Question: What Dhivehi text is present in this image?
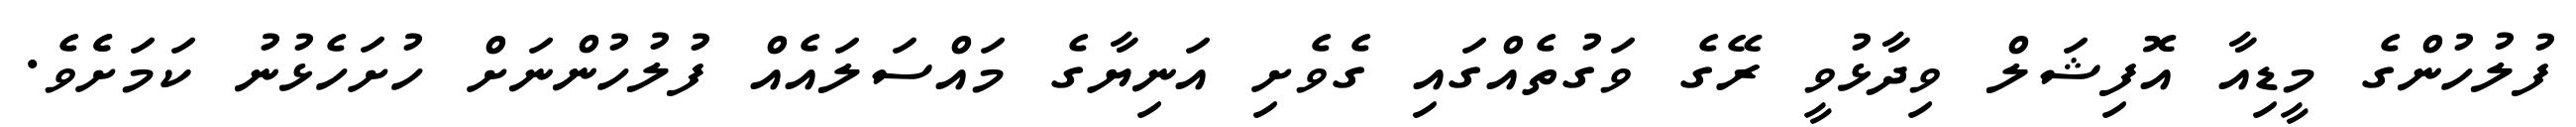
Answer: ފުލުހުންގެ މީޑިއާ އޮފިޝަލް ވިދާޅުވީ ރޭގެ ވަގުތެއްގައި ގެވެށި އަނިޔާގެ މައްސަލައެއް ފުލުހުންނަށް ހުށަހެޅުނު ކަމަށެެވެ.